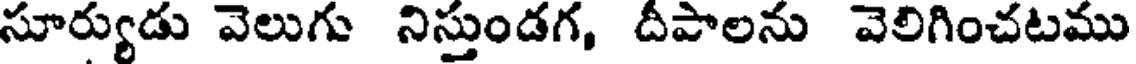
సూర్యుడు వెలుగు నిస్తుండగ, దీపాలను వెలిగించటము